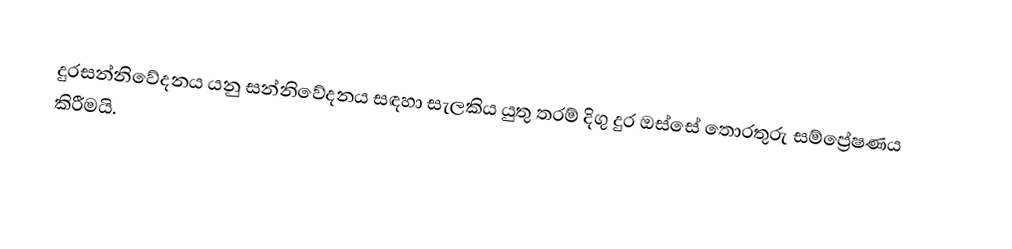
දුරසන්නිවේදනය යනු සන්නිවේදනය සඳහා සැලකිය යුතු තරම් දිගු දුර ඔස්සේ තොරතුරු සම්ප්‍රේෂණය කිරීමයි.